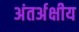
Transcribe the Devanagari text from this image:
अंतर्अक्षीय